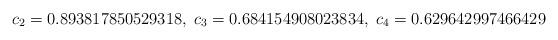
LaTeX: \begin{align*}c_2 = 0.893817850529318,\; c_3 = 0.684154908023834, \; c_4 = 0.629642997466429\end{align*}